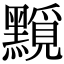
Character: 𪒐